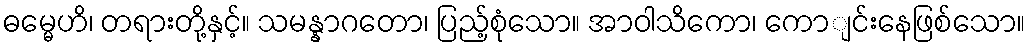
ဓမ္မေဟိ၊ တရားတို့နှင့်။ သမန္နာဂတော၊ ပြည့်စုံသော။ အာဝါသိကော၊ ကောျင်းနေဖြစ်သော။